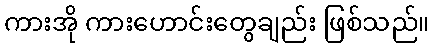
ကားအို ကားဟောင်းတွေချည်း ဖြစ်သည်။